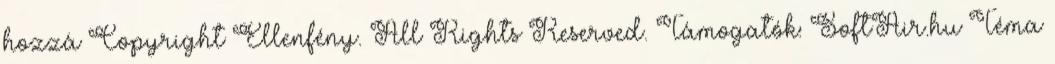
hozzá Copyright Ellenfény. All Rights Reserved. Támogatók: SoftAir.hu Téma